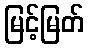
မြင့်မြတ်